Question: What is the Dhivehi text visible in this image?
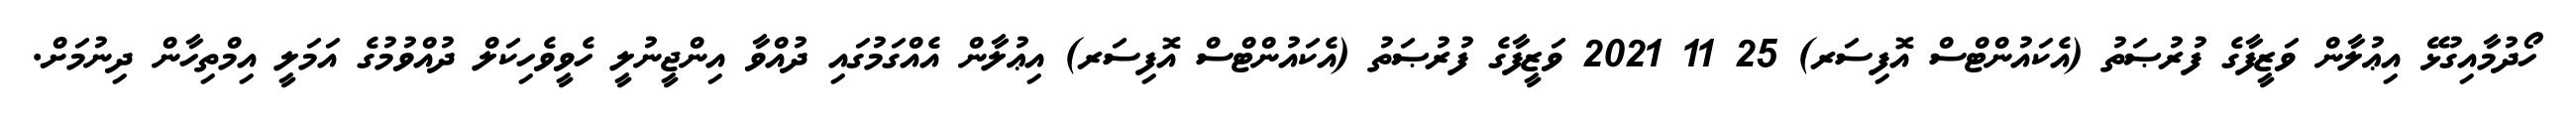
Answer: ހޯދުމާއިގުޅޭ އިޢުލާން ވަޒީފާގެ ފުރުޞަތު (އެކައުންޓްސް އޮފިސަރ) 25 11 2021 ވަޒީފާގެ ފުރުޞަތު (އެކައުންޓްސް އޮފިސަރ) އިޢުލާން އެއްގަމުގައި ދުއްވާ އިންޖީނުލީ ހެވީވެހިކަލް ދުއްވުމުގެ އަމަލީ އިމްތިހާން ދިނުމަށް.